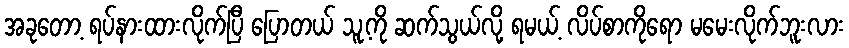
အခုတော့ ရပ်နားထားလိုက်ပြီ ပြောတယ် သူ့ကို ဆက်သွယ်လို့ ရမယ့် လိပ်စာကိုရော မမေးလိုက်ဘူးလား